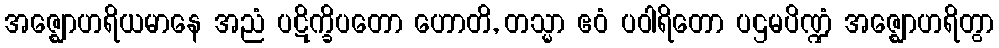
အဇ္ဈောဟရိယမာနေ အညံ ပဋိက္ခိပတော ဟောတိ, တသ္မာ ဧဝံ ပဝါရိတော ပဌမပိဏ္ဍံ အဇ္ဈောဟရိတွာ